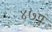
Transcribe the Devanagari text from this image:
४७ए